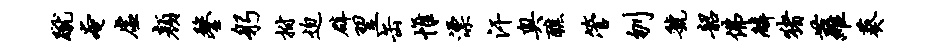
蹴奄虚颜鏊躬拊迫辟翌缶帷漂汗奥醮管刎虢韶佛麟猪萝葵